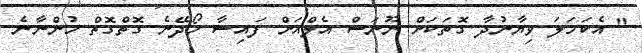
" އެކަހަލަ ވިޔާނުދާ ގޮތަކަށް ނޫނަސް އެލްއަށް ފައިސާ ހޯދޭނެ ގޮތްގޮތް ހުންނާނެ